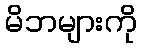
မိဘများကို